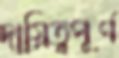
দায়িত্বপূর্ণ